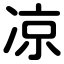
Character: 凉